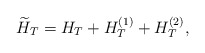
\begin{align*}\widetilde H_{T} = H_T + H_{T}^{(1)} + H_{T}^{(2)},\end{align*}